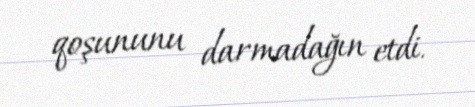
qoşununu darmadağın etdi.